Calcutta medical institutions reports 1879-81 [i.e.91]
Year: 1879
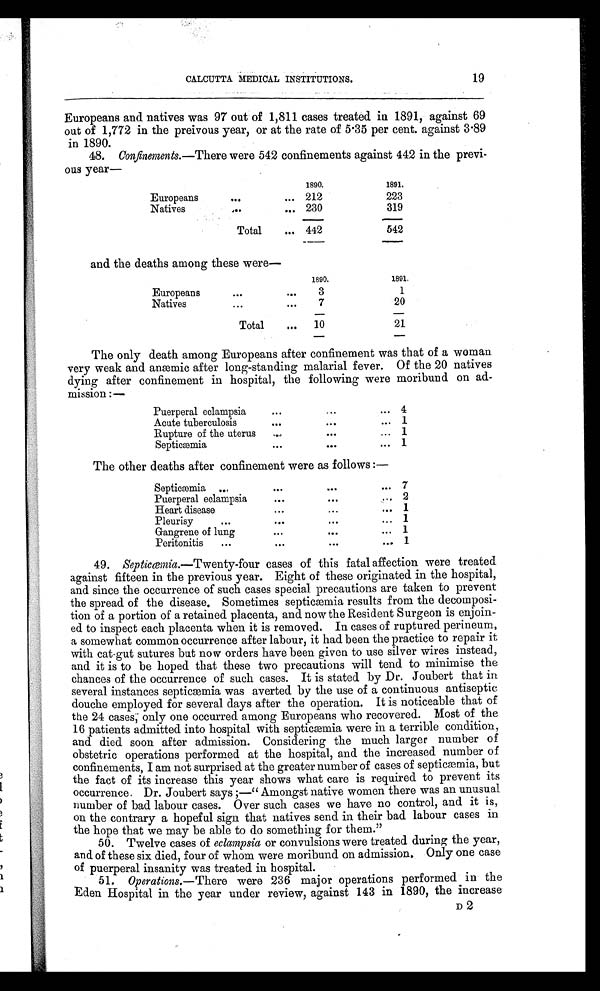
CALCUTTA MEDICAL INSTITUTIONS.
Europeans and natives was 97 out of 1,811 cases treated in 1891, against 69
out of 1,772 in the preivous year, or at the rate of 5.35 per cent. against 3.89
in 1890.
48. Confinements .—There were 542 confinements against 442 in the previ-
ous year—
1890.
1891.
Europeans
...
... 212
223
Natives
. . .
. . . 230
319
Total
... 442
542
and the deaths among these were—
1890.
1891.
Europeans
...
...
3
1
Native
...
. . .
7
2 0
Total
. . .
10
21
The only death among Europeans after confinement was that of a woman
very weak and anæmic after long-standing malarial fever. Of the 20 natives
dying after confinement in hospital, the following were moribund on ad-
mission :—
Puerperal eclampsia
. . .
...
... 4
Acute tuberculosis
. . .
...
... 1
Rupture of the uterus
. . .
. . .
... 1
Septicæmia
. . .
. . .
. . . 1
The other deaths after confinement were as follows :—
Septicæmia . . .
. . .
. . .
. . .
7
Puerperal eclampsia
. . .
. . .
..,
2
Heart disease
. . .
. . .
... 1
Pleurisy
. . .
. . .
...
... 1
Gangrene of lung
. . .
...
. . . 1
Peritonitis
...
...
...
... 1
49. Septicæmia .—Twenty-four cases of this fatal affection were treated
against fifteen in the previous year. Eight of these originated in the hospital,
and since the occurrence of such cases special precautions are taken to prevent
the spread of the disease. Sometimes septicæmia results from the decomposi-
tion of a portion of a retained placenta, and now the Resident Surgeon is enjoin-
ed to inspect each placenta when it is removed. In cases of ruptured perineum,
a somewhat common occurrence after labour, it had been the practice to repair it
with cat-gut sutures but now orders have been given to use silver wires instead,
and it is to be hoped that these two precautions will tend to minimise the
chances of the occurrence of such cases. It is stated by Dr. Joubert that in
several instances septicæmia was averted by the use of a continuous antiseptic
douche employed for several days after the operation. It is noticeable that of
the 24 cases, only one occurred among Europeans who recovered. Most of the
16 patients admitted into hospital with septicæmia were in a terrible condition,
and died soon after admission. Considering the much larger number of
obstetric operations performed at the hospital, and the increased number of
confinements, I am not surprised at the greater number of cases of septicæmia, but
the fact of its increase this year shows what care is required to prevent its
occurrence. Dr. Joubert says;—"Amongst native women there was an unusual
number of bad labour cases. Over such cases we have no control, and it is,
on the contrary a hopeful sign that natives send in their bad labour cases in
the hope that we may be able to do something for them."
50. Twelve cases of eclampsia or convulsions were treated during the year,
and of these six died, four of whom were moribund on admission. Only one case
of puerperal insanity was treated in hospital.
51. Operations.—There were 236 major operations performed in the
Eden Hospital in the year under review, against 143 in 1890, the increase
19
D 2